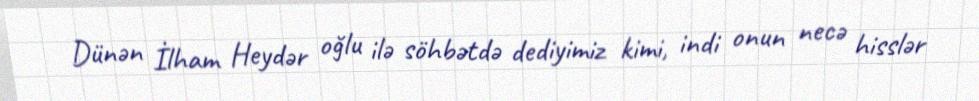
Dünən İlham Heydər oğlu ilə söhbətdə dediyimiz kimi, indi onun necə hisslər